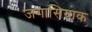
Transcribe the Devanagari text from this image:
जगासियाक